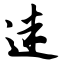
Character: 迷